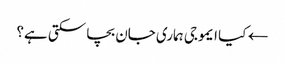
← کیا ایموجی ہماری جان بچا سکتی ہے؟